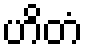
ဟိတံ